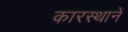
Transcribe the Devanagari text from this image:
कारस्थानें